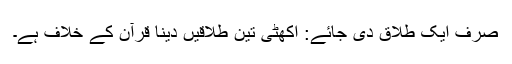
صرف ایک طلاق دی جائے: اکھٹی تین طلاقیں دینا قرآن کے خلاف ہے۔